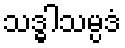
သဒ္ဓါသမ္ပဒံ